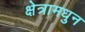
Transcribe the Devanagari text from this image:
क्षेत्रामधुन